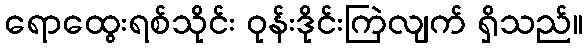
ရောထွေးရစ်သိုင်း ဝုန်းဒိုင်းကြဲလျက် ရှိသည်။